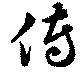
傳